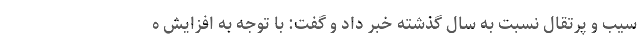
سیب و پرتقال نسبت به سال گذشته خبر داد و گفت: با توجه به افزایش ه